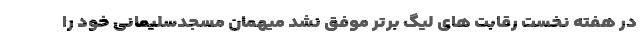
در هفته نخست رقابت های لیگ برتر موفق نشد میهمان مسجدسلیمانی خود را